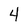
Character: 4